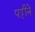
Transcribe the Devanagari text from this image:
पट्टीने